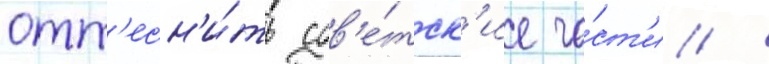
отт'есн'и́ть сов'е́тск'ие ча́ст'и /